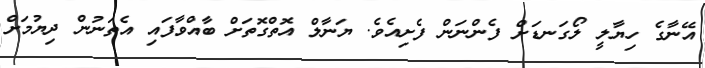
އޭނާގެ ހިޔާލީ ލޯގަނޑަށް ފެންނަން ފެށިއެވެ. ޔަނާލް އޮތްގޮތަށް ބާއްވާފައި އެތަނުން ދިޔުމަށް